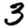
Digit: 3